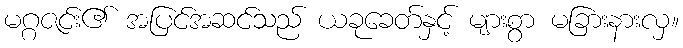
မဂ္ဂဇင်း၏ အပြင်အဆင်သည် ယခုခေတ်နှင့် များစွာ မခြားနားလှ။